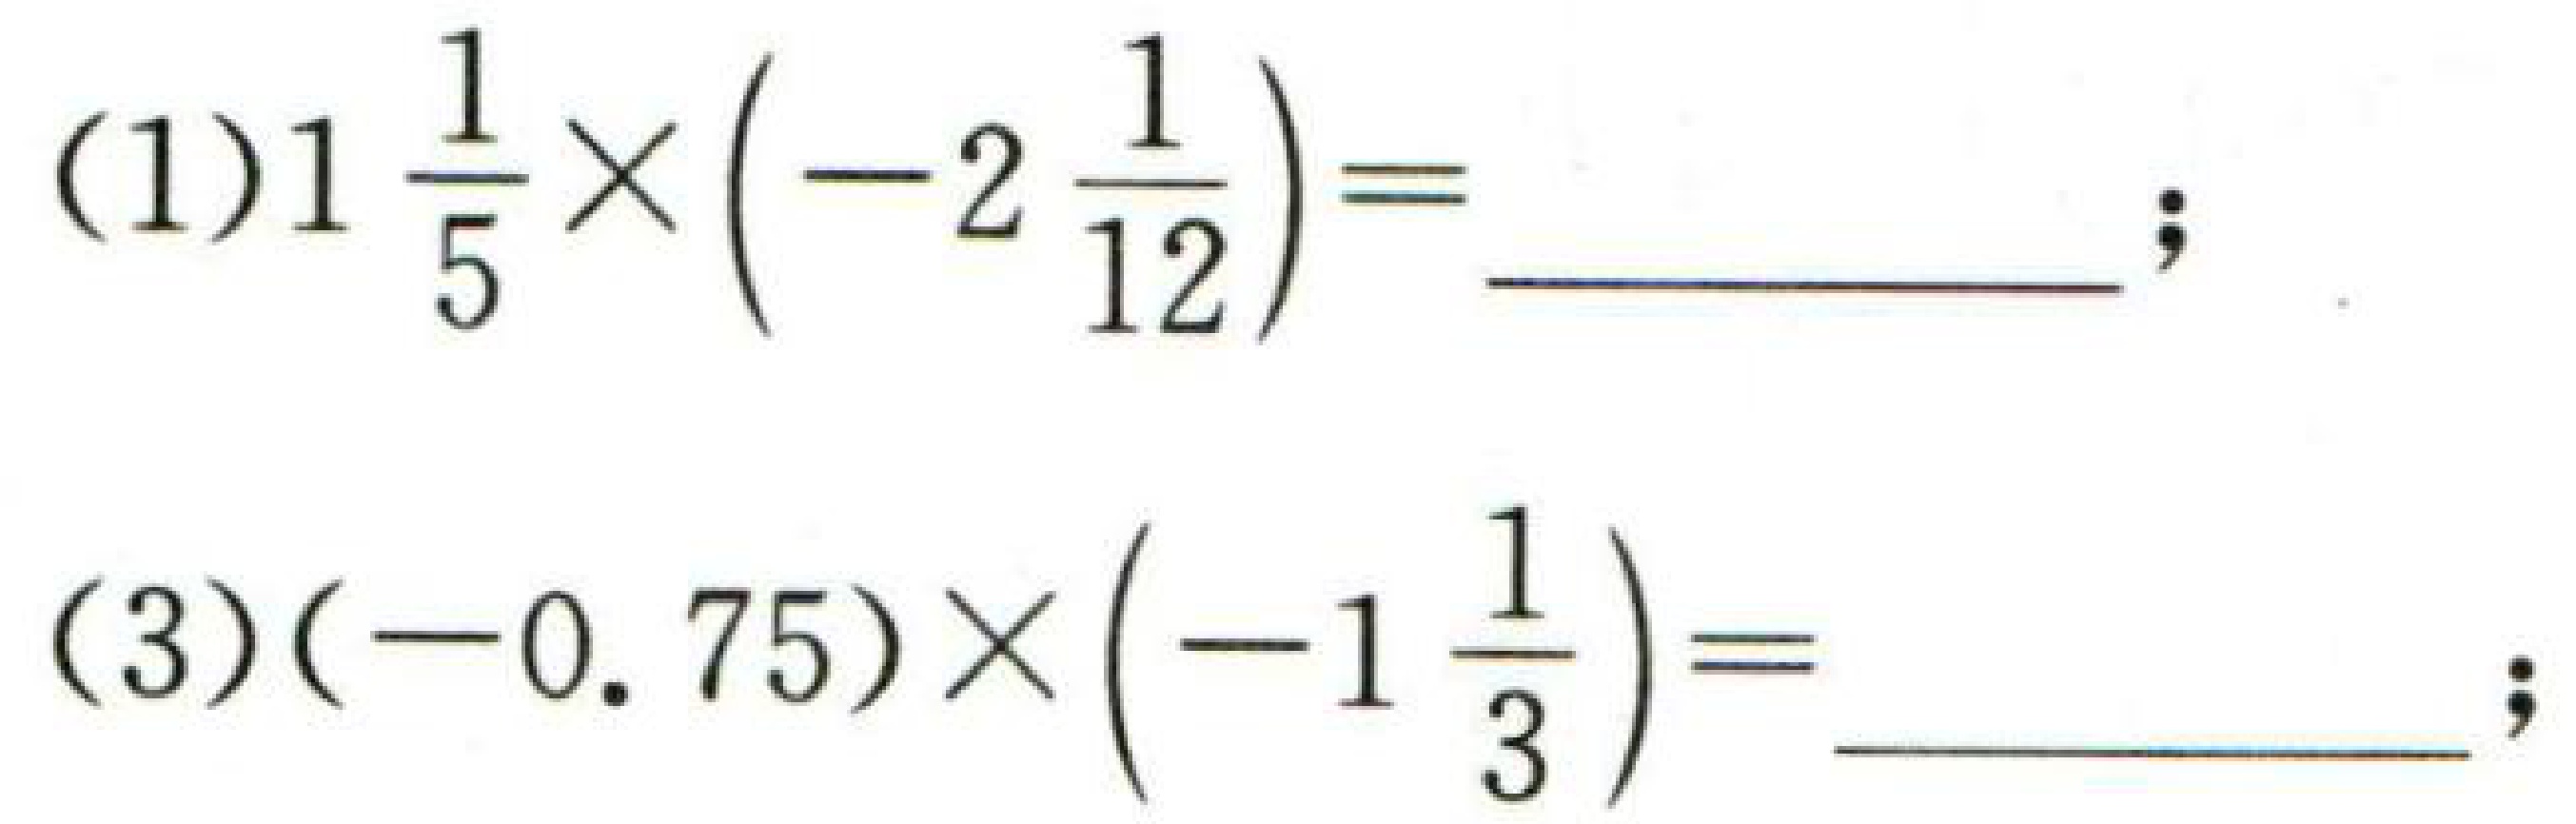
\((1)1\frac{1}{5}\times\left(-2\frac{1}{12}\right)=\underline{\ \ \ \ \ \ \ \ \ \ \ \ \ };\)
\((3)(-0.75)\times\left(-1\frac{1}{3}\right)=\underline{\ \ \ \ \ \ \ \ \ \ \ \ \ };\)